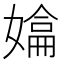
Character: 𭒚